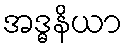
အဒ္ဓနိယာ